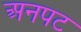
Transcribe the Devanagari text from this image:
अनपट